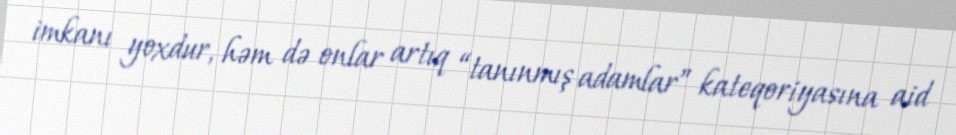
imkanı yoxdur, həm də onlar artıq “tanınmış adamlar” kateqoriyasına aid